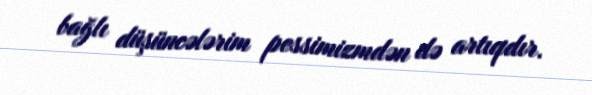
bağlı düşüncələrim pessimizmdən də artıqdır.